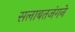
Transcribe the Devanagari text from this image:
सलाबतजंगने